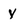
Character: y